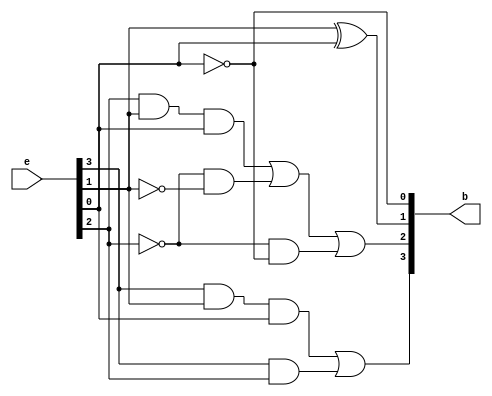
module excess3_to_bcd(b,e);
	output [3:0]b;
	input [3:0]e;
	wire w1,w2,w3,w4,w5,w6,w7,w8;

	and(w1, e[3], e[1], e[0]);
	and(w2, e[3], e[2]);
	or(b[3], w1, w2);
	and(w3, e[2], e[1], e[0]);
	not(w4, e[2]);
	not(w5, e[1]);
	not(w6, e[0]);
	and(w7, w4, w5);
	and(w8, w4, w6);
	or(b[2], w3, w7, w8);
	xor(b[1], e[1], e[0]);
	not(b[0], e[0]);

endmodule

module excess3_to_bcd_tb;

	reg [3:0]excess3;
	wire [3:0]bcd;

	excess3_to_bcd e3_to_b(.b(bcd), .e(excess3));

		initial begin
			excess3 = 4'b0000; #50;
			excess3 = 4'b0001; #50;
			excess3 = 4'b0010; #50;
			excess3 = 4'b0011; #50;
			excess3 = 4'b0100; #50;
			excess3 = 4'b0101; #50;
			excess3 = 4'b0110; #50;
			excess3 = 4'b0111; #50;
			excess3 = 4'b1000; #50;
			excess3 = 4'b1001; #50;
			excess3 = 4'b1010; #50	
			excess3 = 4'b1011; #50;
			excess3 = 4'b1100; #50;

		end

endmodule